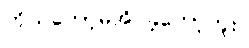
ကိုယ်တော့မအိပ်ခဲ့တော့ဘူး။